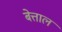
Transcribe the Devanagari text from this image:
बेत्ताल